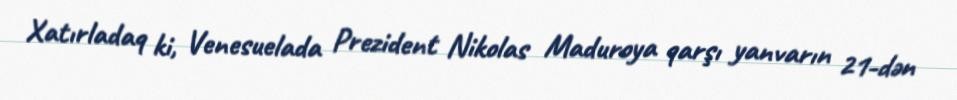
Xatırladaq ki, Venesuelada Prezident Nikolas Maduroya qarşı yanvarın 21-dən